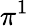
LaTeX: \pi^{1}